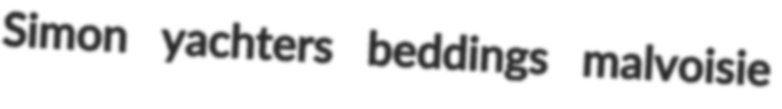
Simon yachters beddings malvoisie